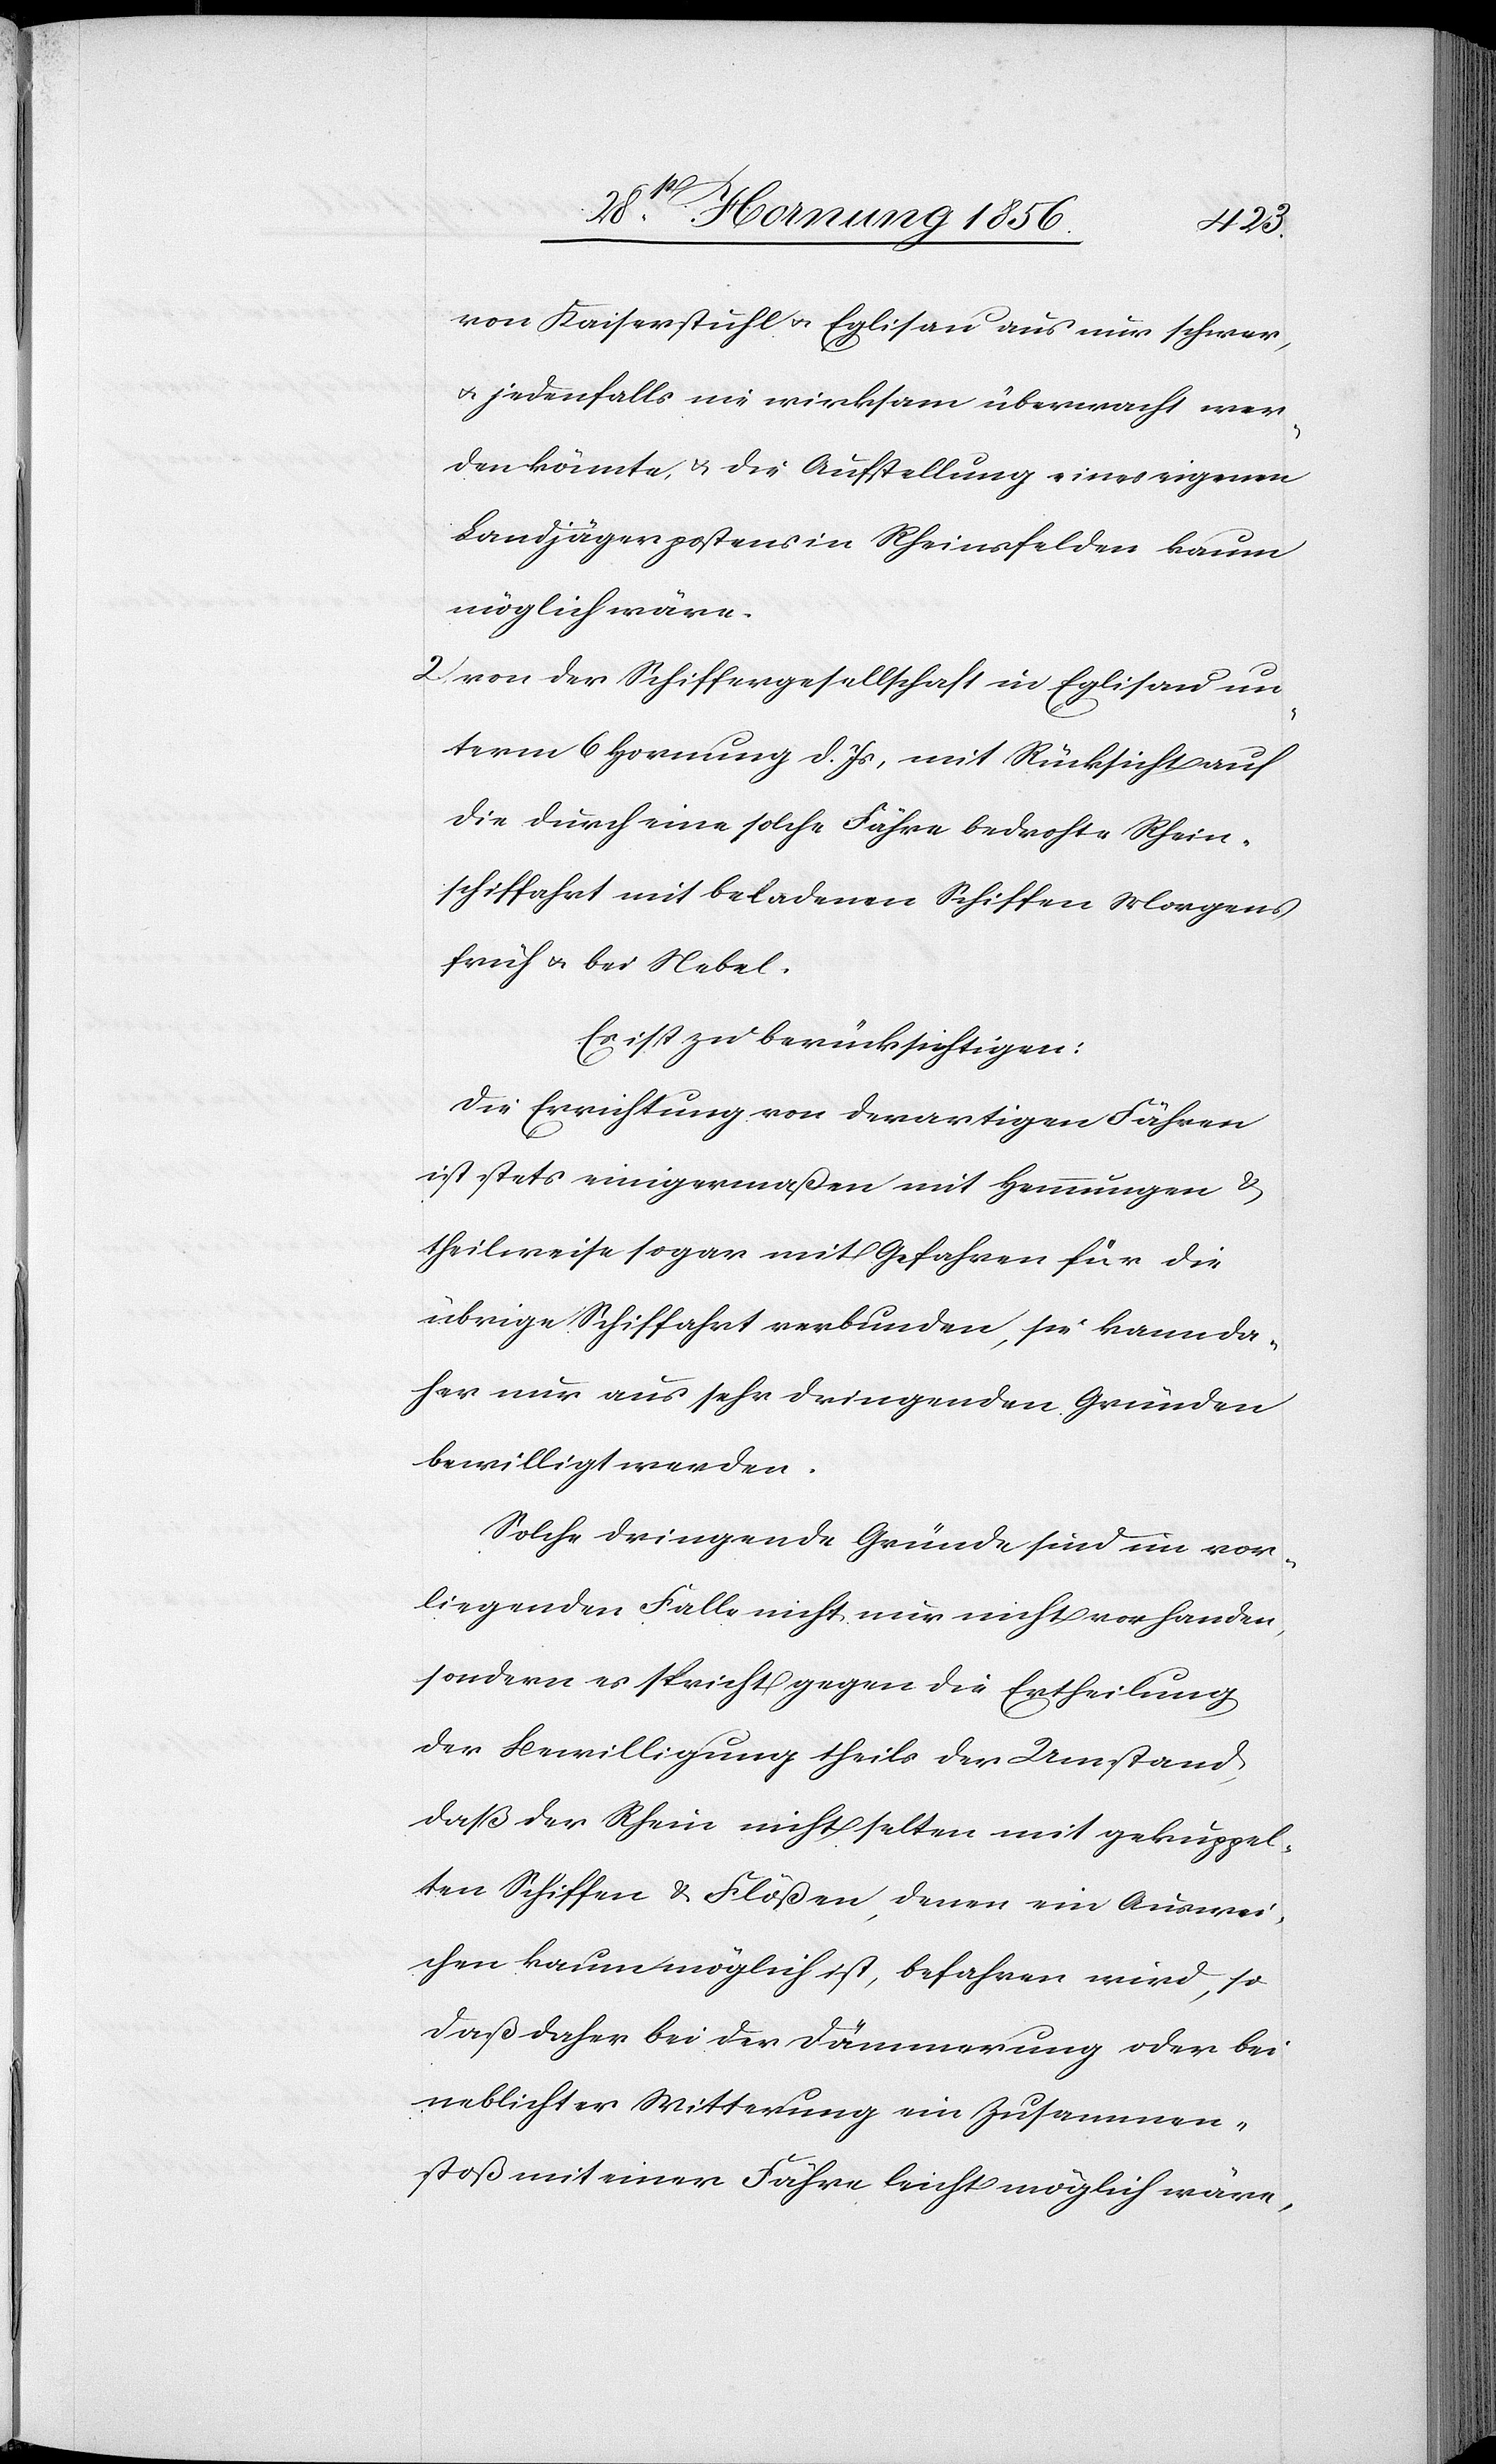
von Kaiserstuhl u. Eglisau aus nur schwer,
u. jedenfalls nie wirksam übermacht wer¬
den könnte, u. die Aufstellung eines eigenen
Landjägerpostens in Rheinsfelden kaum
möglich wäre.
2. von der Schiffergesellschaft in Eglisau un¬
term 6 Hornung d. Js, mit Rücksicht auf
die durch eine solche Fähre bedrohte Rhein¬
schiffahrt mit beladenen Schiffen Morgens
früh u. bei Nebel.
Es ist zu berücksichtigen:
Die Errichtung von derartigen Fähren
ist stets einigermaßen mit Hemmungen &
theilweise sogar mit Gefahren für die
übrige Schiffahrt verbunden, sie kann da¬
her nur aus sehr dringenden Gründen
bewilligt werden.
Solche dringende Gründe sind in vor¬
liegenden Fälle nicht nur nicht vorhanden,
sondern es spricht gegen die Ertheilung
der Bewilligung theils der Umstand,
daß der Rhein nicht selten mit gekuppel¬
ten Schiffen & Flößen, denen ein Auswei¬
chen kaum möglich ist, befahren wird, so
daß daher bei der Dämmerung oder bei
neblichter Witterung ein Zusammen¬
stoß mit einer Fähre leicht möglich wäre,